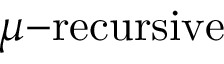
\mu { \mathrm { - r e c u r s i v e } }